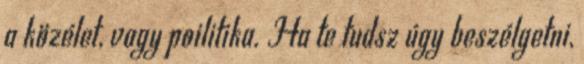
a közélet, vagy poilitika. Ha te tudsz úgy beszélgetni,